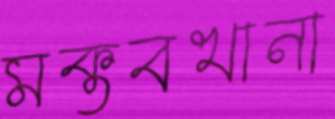
মক্তবখানা